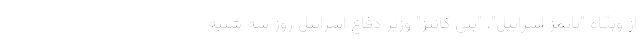
از وبگاه "تایمز اسراییل"، "بنی گانتز" وزیر دفاع اسراییل روز سه شنبه